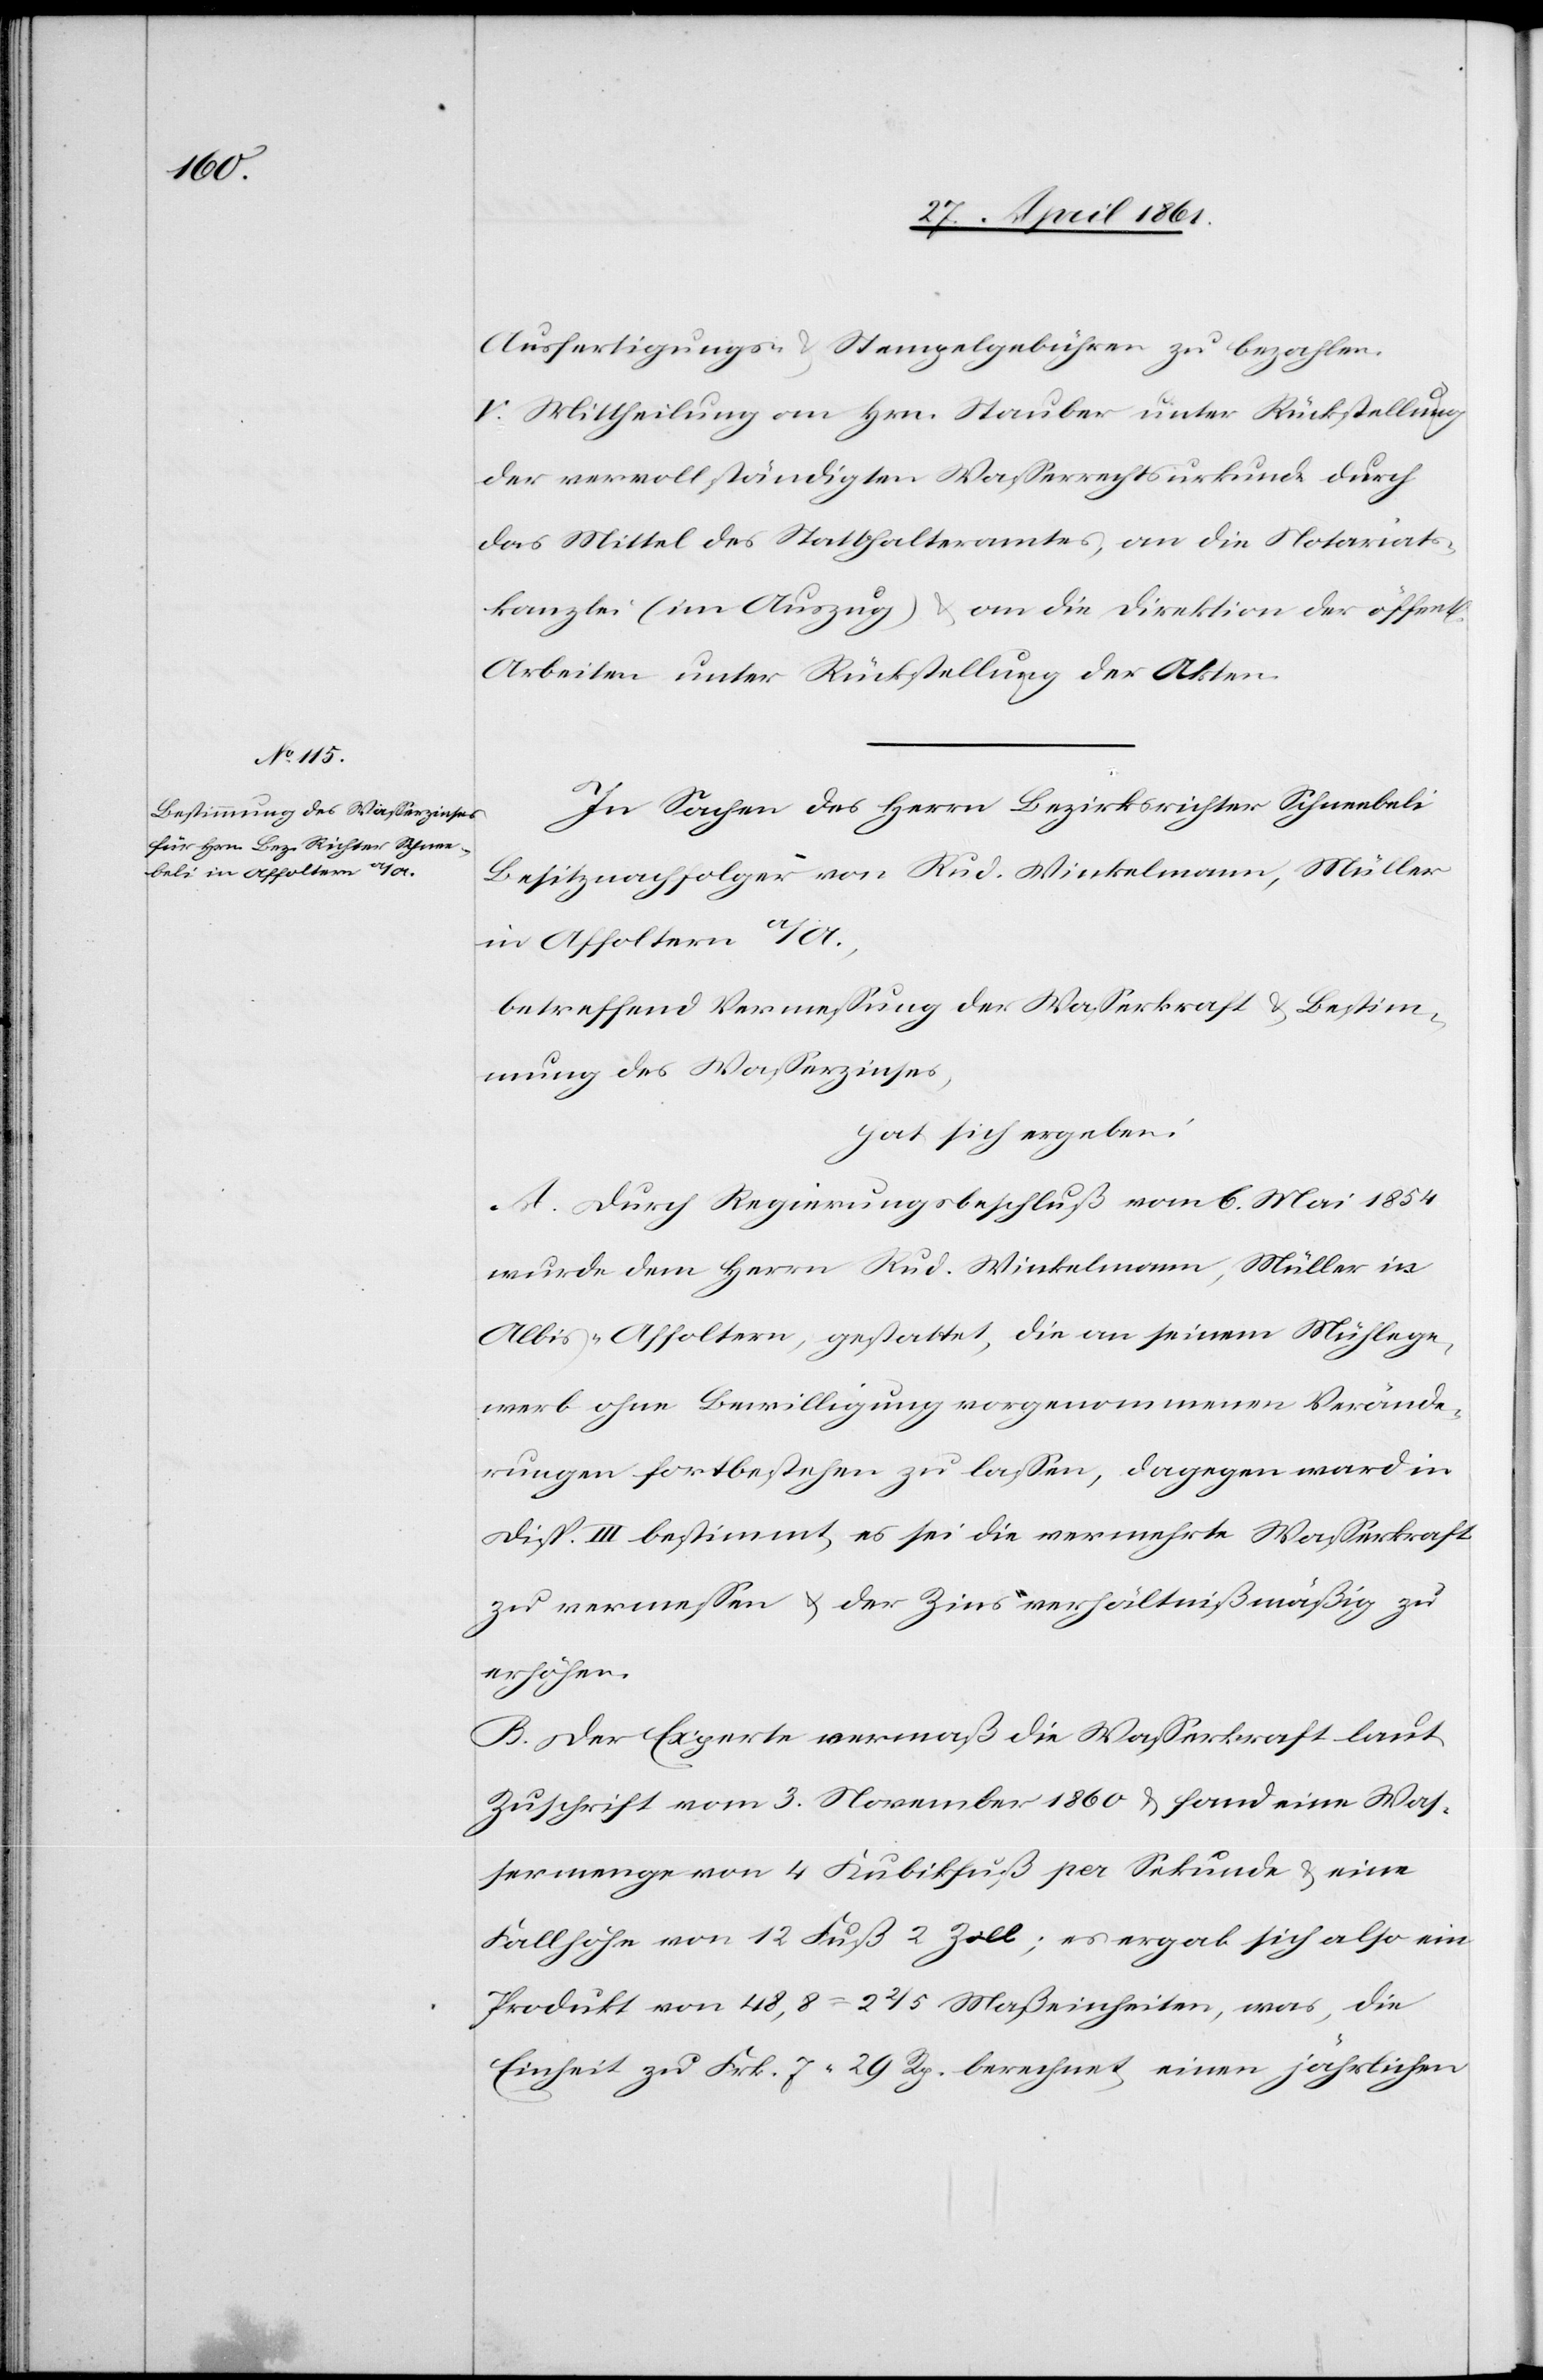
ichen]

Ausfertigungs- u. Stempelgebühren zu bezahlen.
V. Mittheilung an Hrn. Stauber unter Rückstellung
der vervollständigten Wasserrechtsurkunde durch
das Mittel des Statthalteramtes, an die Notariats¬
kanzlei (im Auszug) u. an die Direktion der öffent[l¬
Arbeiten unter Rückstellung der Akten.
In Sachen des Herrn Bezirksrichter Schneebeli
Besitznachfolger von Rud. Winkelmann, Müller
in Affoltern a/A.,
betreffend Vermessung der Wasserkraft u. Bestim¬
mung des Wasserzinses,
hat sich ergeben:
A. Durch Regierungsbeschluß vom 6. Mai 1854
wurde dem Herrn Rud. Winkelmann, Müller in
Albis-Affoltern, gestattet, die an seinem Mühlege¬
werb ohne Bewilligung vorgenommenen Verände¬
rungen fortbestehen zu lassen, dagegen ward in
Disp. III bestimmt, es sei die vermehrte Wasserkraft
zu vermessen u. der Zins verhältnißmäßig zu
erhöhen.
B. Der Experte vermaß die Wasserkraft laut
Zuschrift vom 3. November 1860 u. fand eine Was¬
sermenge von 4 Kubikfuß per Sekunde u. eine
Fallhöhe von 12. Fuß 2 Zoll; es ergab sich also ein
Produkt von 48,8 = 2 2/5 Maßeinheit, was, die
Einheit zu Frk. 7 29 Rp. berechnet, einen jährlichen